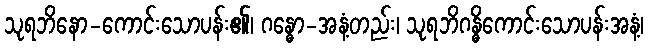
သုရဘိနော-ကောင်းသောပန်း၏၊ ဂန္ဓော-အနံ့တည်း၊ သုရဘိဂန္ဓိကောင်းသောပန်းအနံ့၊